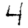
Digit: 4